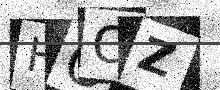
Text: HOOZ